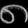
Digit: ၈